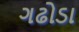
ગઢોડા